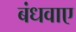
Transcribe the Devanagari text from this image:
बंधवाए